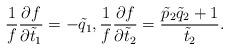
LaTeX: \begin{gather*}\frac{1}{f}\frac{\partial f}{\partial \tilde{t}_1}=-\tilde{q}_1, \frac{1}{f}\frac{\partial f}{\partial \tilde{t}_2}=\frac{\tilde{p}_2\tilde{q}_2+1}{\tilde{t}_2}.\end{gather*}